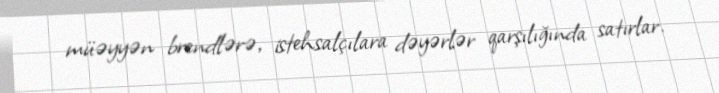
müəyyən brendlərə, istehsalçılara dəyərlər qarşılığında satırlar.